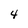
Character: 4